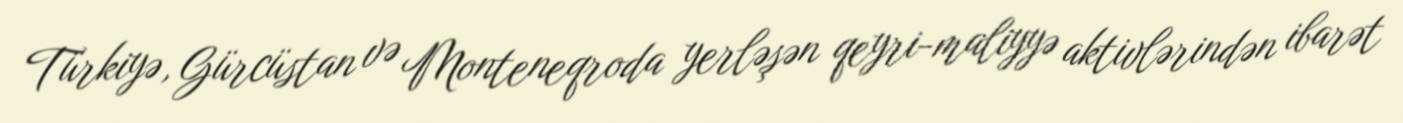
Türkiyə, Gürcüstan və Monteneqroda yerləşən qeyri-maliyyə aktivlərindən ibarət